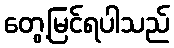
တွေ့မြင်ရပါသည်